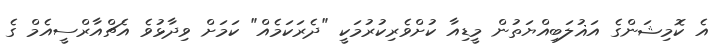
އެ ކޮމިޝަންގެ އަޣުލަބިއްޔަތުން މީޑިއާ ކުށްވެރިކުރުމަކީ "ދެރަކަމެއް" ކަމަށް ވިދާޅުވެ އެޗްއާރްސީއެމް ގެ